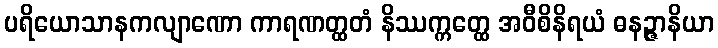
ပရိယောသာနကလျာဏော ကာရဏတ္ထတံ နိဿက္ကတ္ထေ အဝီစိနိရယံ ဓနဉ္ဇာနိယာ